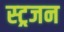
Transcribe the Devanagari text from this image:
स्ट्रजन